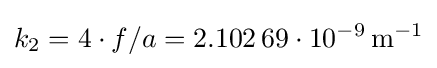
k_{2}=4\cdot f/a=2{.}102\,69\cdot 10^{-9}\,\mathrm {m^{-1}}